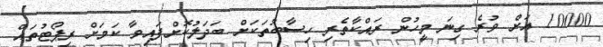
10000 އަށް ވުރެ ގިނަ މީހުން ރައްކާތެރި ހިސާބުތަކަށް ބަދަލުކޮށްފައިވާ ކަމަށް ރިޕޯޓުތައް